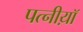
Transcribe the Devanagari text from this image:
पत्नीय़ॉ